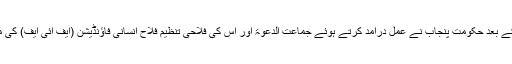
وفاقی حکومت کی جانب سے جاری ہونے والے نوٹیفکیشن کے بعد حکومتِ پنجاب نے عمل درآمد کرتے ہوئے جماعت الدعوۃ اور اس کی فلاحی تنظیم فلاح انسانی فاؤنڈیشن (ایف آئی ایف) کی منقولہ اور غیر منقولہ جائیداد کو قبضے میں لینا شروع کردیا۔